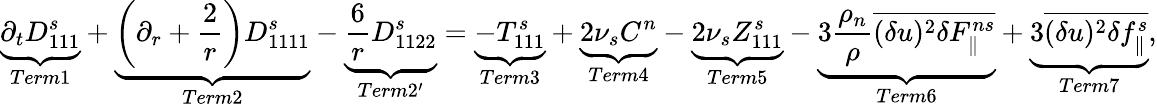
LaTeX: \underbrace{\partial_{t}D_{111}^{s}}_{Term1}+\underbrace{\left(\partial_{r}+\frac{2}{r}\right)D_{1111}^{s}}_{Term2}-\underbrace{\frac{6}{r}D_{1122}^{s}}_{Term2^{\prime}}=\underbrace{-T_{111}^{s}}_{Term3}+\underbrace{2\nu_{s}C^{n}}_{Term4}-\underbrace{2\nu_{s}Z_{111}^{s}}_{Term5}-\underbrace{3\frac{\rho_{n}}{\rho}\overline{{(\delta u)^{2}\delta F_{\parallel}^{ns}}}}_{Term6}+\underbrace{3\overline{{(\delta u)^{2}\delta f_{\parallel}^{s}}}}_{Term7},